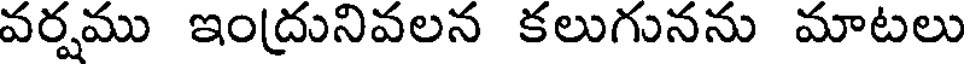
వర్షము ఇంద్రునివలన కలుగునను మాటలు